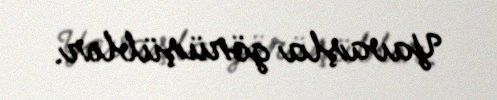
Yavaşla görüşüblər.